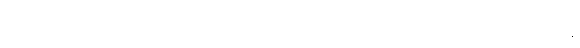
အမျက်ထွက်ခြင်းကိုလည်းကောင်း။ ဣဿာ ဝါ၊ ငြူစူခြင်းကိုလည်းကောင်း။ ကာတုံ၊ ပြုခြင်းငှာ။ န